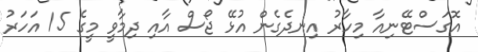
އޮގަސްޓޭނިއާ މިހާރު އިނދެގެން އުޅޭ ޖޯސް އާއި ދިމާވީ މީގެ 15 އަހަރު